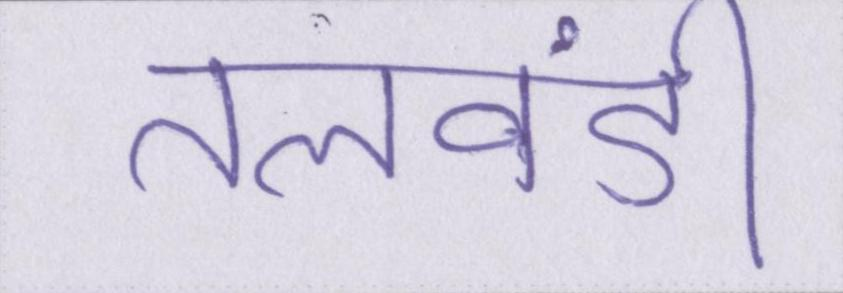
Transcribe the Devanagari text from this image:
तलवंडी